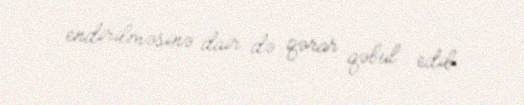
endirilməsinə dair də qərar qəbul edib.